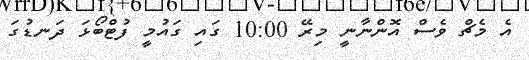
އެ މެޗް ވެސް އޮންނާނީ މިރޭ 10:00 ގައި ގައުމީ ފުޓްބޯޅަ ދަނޑުގަ